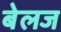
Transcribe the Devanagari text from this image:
बेलज